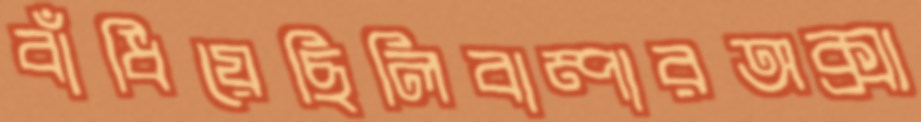
বাঁধিয়েছিলিবাম্পারঅক্সা